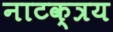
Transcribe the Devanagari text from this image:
नाटक्त्रय